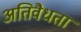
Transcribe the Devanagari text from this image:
अतिवैधता